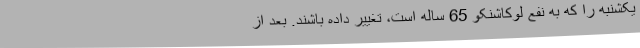
یکشنبه را که به نفع لوکاشنکو 65 ساله است، تغییر داده باشند. بعد از